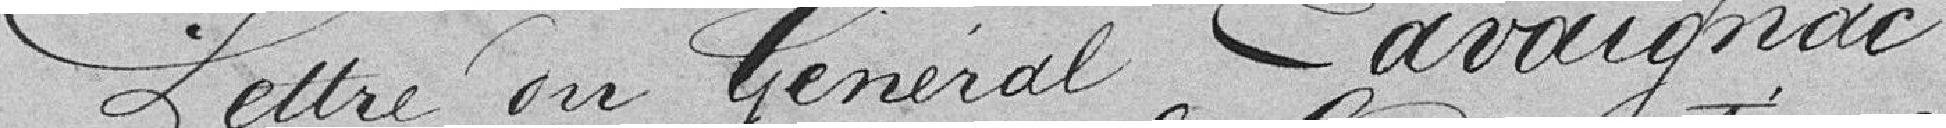
Lettre du général Cavaignac